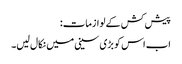
پیش کش کے لوازمات:
اب اس کو بڑی سینی میں نکال لیں۔